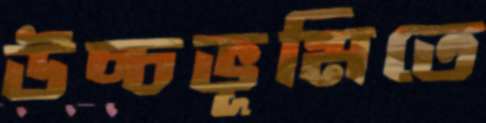
উচ্চভূমিতে